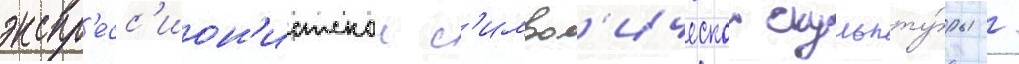
экспр'есс'ион'истскои с'имвол'ическои скульпту́ры /